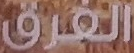
الفرق